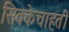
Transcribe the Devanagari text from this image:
सिक्केचाहती